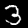
Digit: 3